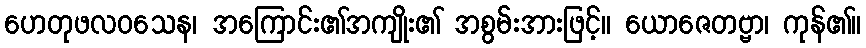
ဟေတုဖလဝသေန၊ အကြောင်း၏အကျိုး၏ အစွမ်းအားဖြင့်။ ယောဇေတဗ္ဗာ၊ ကုန်၏။